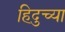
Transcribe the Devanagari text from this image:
हिदुच्या